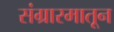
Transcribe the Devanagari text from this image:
संग्रारमातून